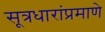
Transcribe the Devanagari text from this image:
सूत्रधारांप्रमाणे